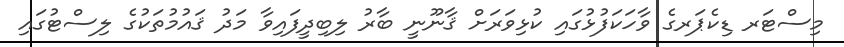
މިސްޓަރ ޑިކެޕަރގެ ވާހަކަފުޅުގައި ކުޅިވަރަށް ޤާނޫނީ ބާރު ލިބިދީފައިވާ މަދު ޤައުމުތަކުގެ ލިސްޓުގައި